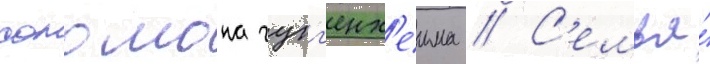
соломона гугг'енх'еима // С'емья́